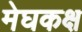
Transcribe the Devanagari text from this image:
मेघकक्ष